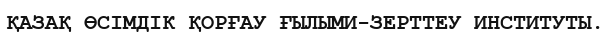
ҚАЗАҚ ӨСІМДІК ҚОРҒАУ ҒЫЛЫМИ-ЗЕРТТЕУ ИНСТИТУТЫ.